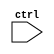
module tt_pg_vdd_2 (
`ifdef USE_POWER_PINS
	input  wire VGND,
	input  wire VPWR,
	output wire GPWR,
`endif
	input  wire ctrl
);

endmodule